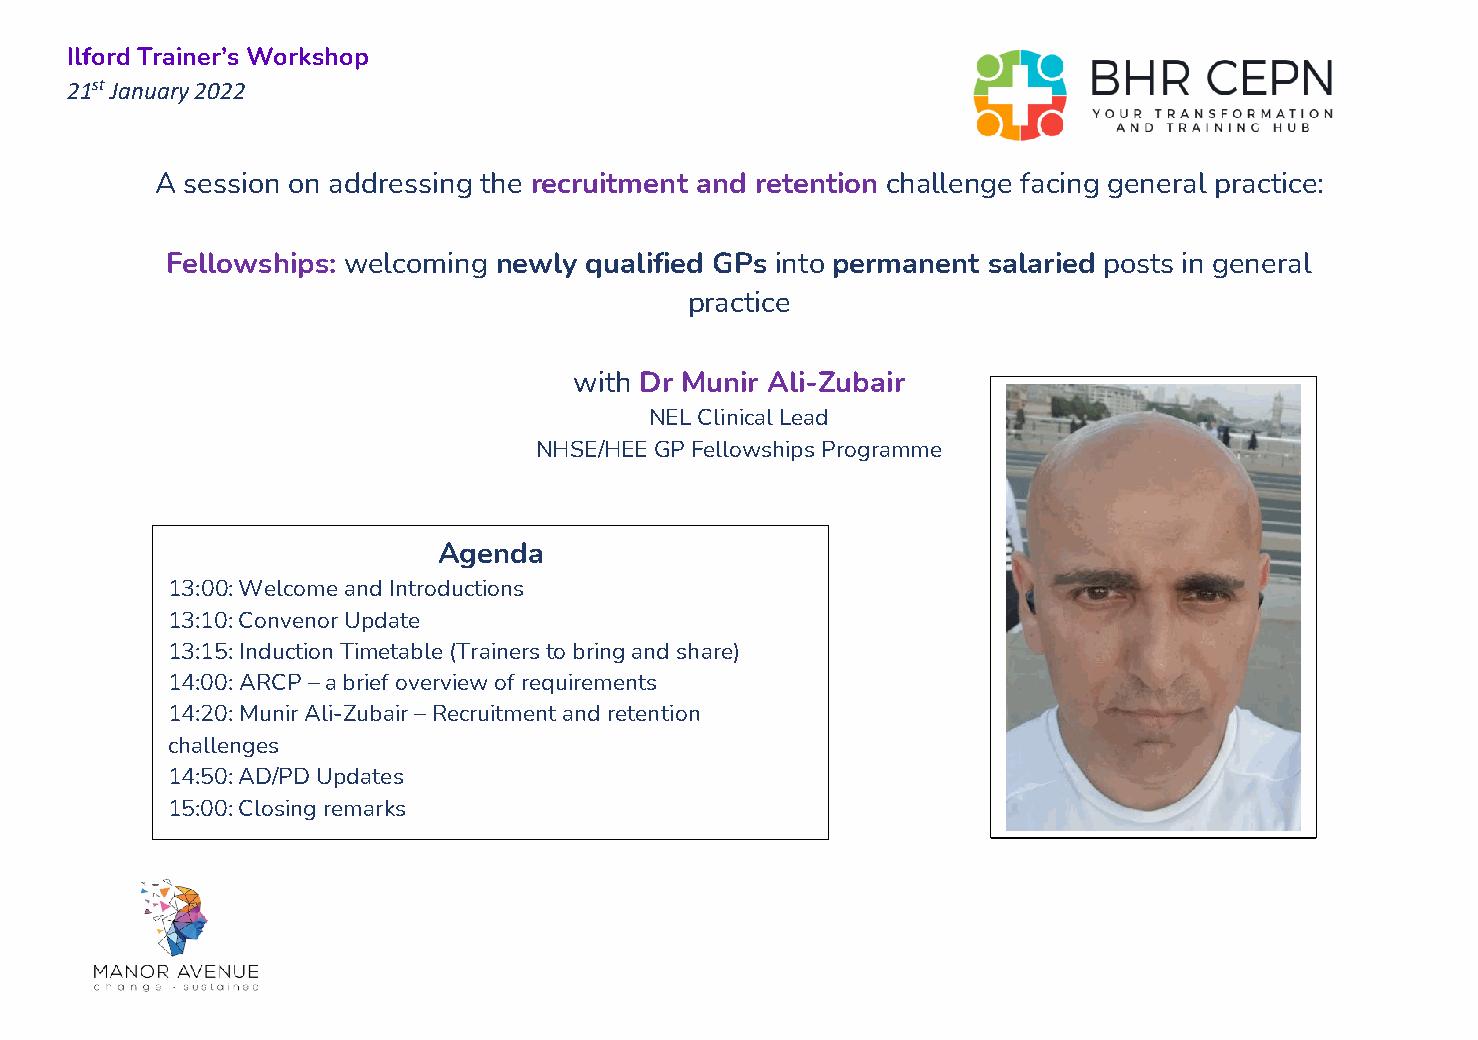
Ilford Trainer’s Workshop
 21st January 2022
 A session on addressing the recruitment and retention challenge facing general practice:
 Fellowships: welcoming newly qualified GPs into permanent salaried posts in general
 practice
 with Dr Munir Ali-Zubair
 NEL Clinical Lead
 NHSE/HEE GP Fellowships Programme
 Agenda
 13:00: Welcome and Introductions
 13:10: Convenor Update
 13:15: Induction Timetable (Trainers to bring and share)
 14:00: ARCP – a brief overview of requirements
 14:20: Munir Ali-Zubair – Recruitment and retention
 challenges
 14:50: AD/PD Updates
 15:00: Closing remarks